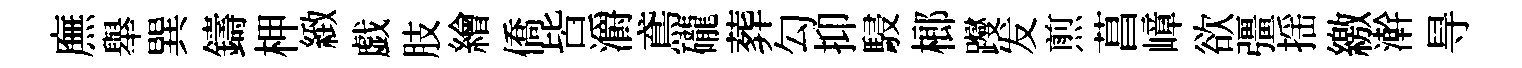
廡舉巽鑄柙緻戯肢繪僑皆灂鳶礲葬勾抑駸榔躞发煎菖嶂欲彊揺繳澣㝵